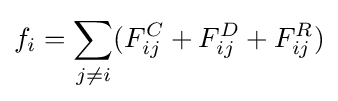
f_{i}=\sum _{j\neq i}(F_{ij}^{C}+F_{ij}^{D}+F_{ij}^{R})